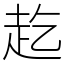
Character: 䞘